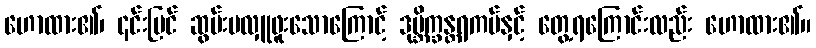
ဟောထား၏၊ ၎င်းပြင် ဆွမ်းမလှူဖူးသောကြောင့် ဒုဗ္ဘိက္ခန္တရကပ်နှင့် တွေ့ရကြောင်းလည်း ဟောထား၏။